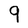
Character: 9